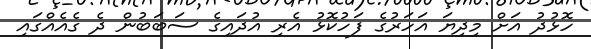
ހޮޅުދު އަށް މިދިޔަ އަހަރުގެ ފަހުކޮޅު އެރި އުދައިގެ ސަބަބުން ދެ ގެއެއްގައި